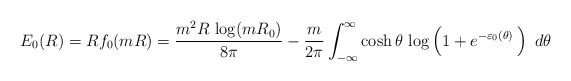
\begin{align*}E_{0}(R)= Rf_0(mR)={m^2 R\,\log(m R_0)\over8\pi}-\frac{m}{2 \pi}\int_{- \infty}^{\infty}\cosh\theta\,\log\left(\rule{0mm}{4mm}1+ e^{-\varepsilon_0(\theta)}\,\right)\,\, d\theta \end{align*}